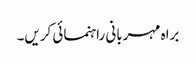
براہ مہربانی راہنمائی کریں۔